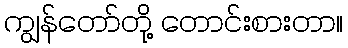
ကျွန်တော်တို့ တောင်းစားတာ။